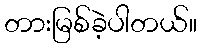
တားမြစ်ခဲ့ပါတယ်။